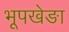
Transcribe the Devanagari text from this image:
भूपखेङा